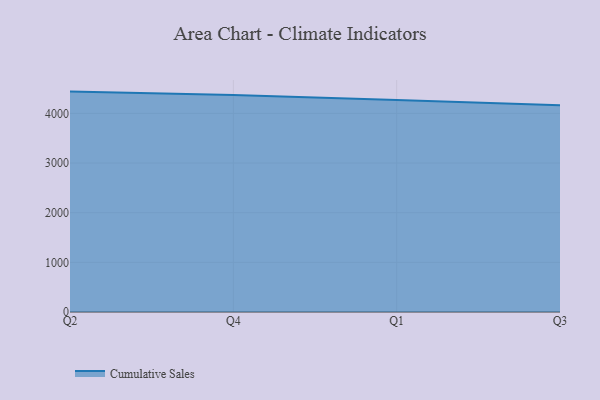
{"axis": {"x": "Quarter", "y": "Humidity (%)"}, "legend": ["Cumulative Sales"], "data": [{"x": "Q2", "y": 4438.5, "type": "Cumulative Sales"}, {"x": "Q4", "y": 4367.8, "type": "Cumulative Sales"}, {"x": "Q1", "y": 4271.5, "type": "Cumulative Sales"}, {"x": "Q3", "y": 4165.8, "type": "Cumulative Sales"}]}